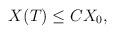
LaTeX: \begin{align*}\begin{aligned} X(T) \le C X_0, \end{aligned}\end{align*}